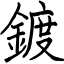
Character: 鍍